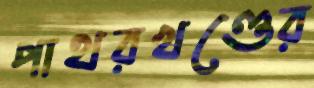
পাথরখণ্ডের